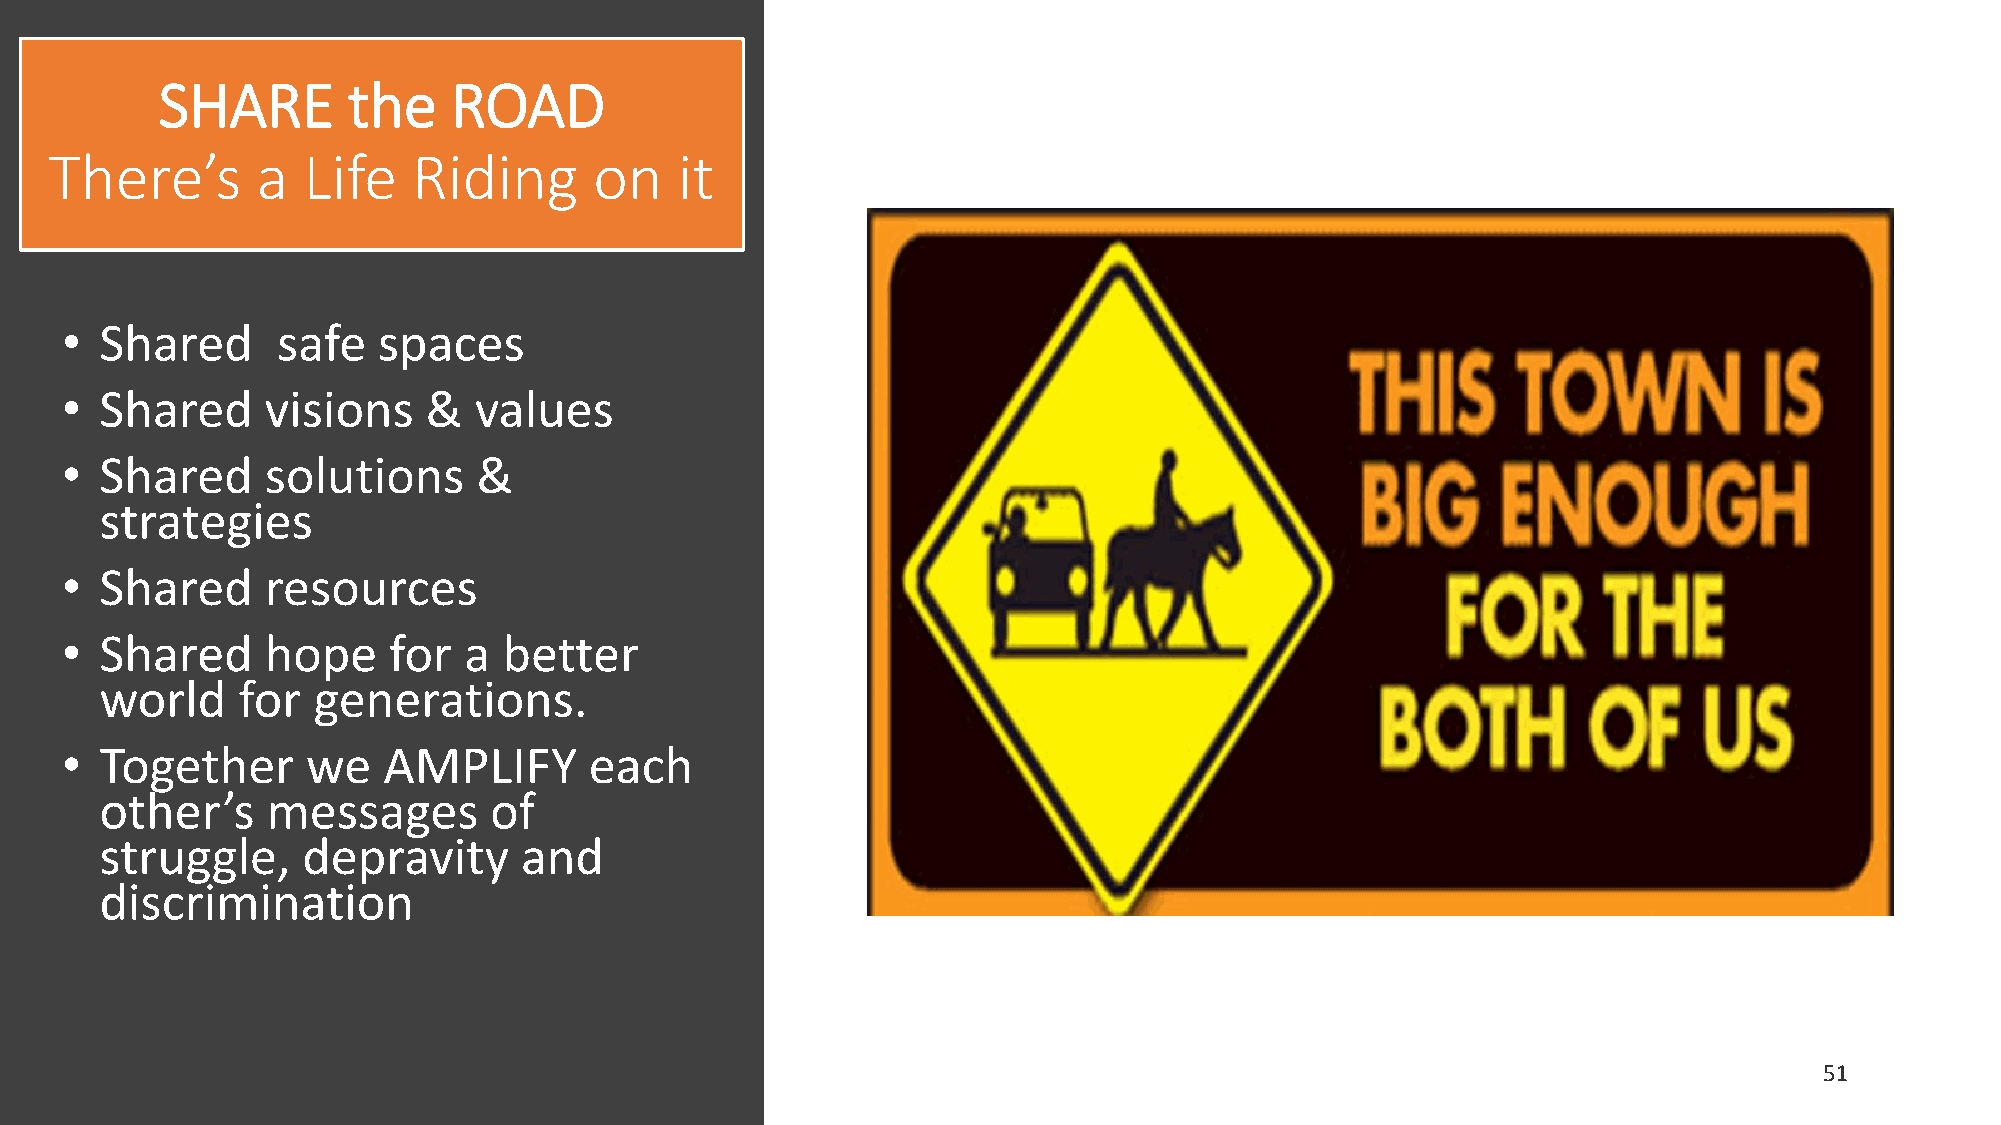
SHARE       the    ROAD
 There’s       a  Life   Riding      on    it
 •  Shared     safe   spaces
 •  Shared     visions   &  values
 •  Shared     solutions     &
 strategies
 •  Shared     resources
 •  Shared     hope    for  a better
 world    for  generations.
 •  Together     we   AMPLIFY       each
 other’s    messages      of
 struggle,    depravity     and
 discrimination